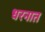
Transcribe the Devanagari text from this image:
धरनात